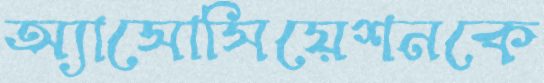
অ্যাসোসিয়েশনকে